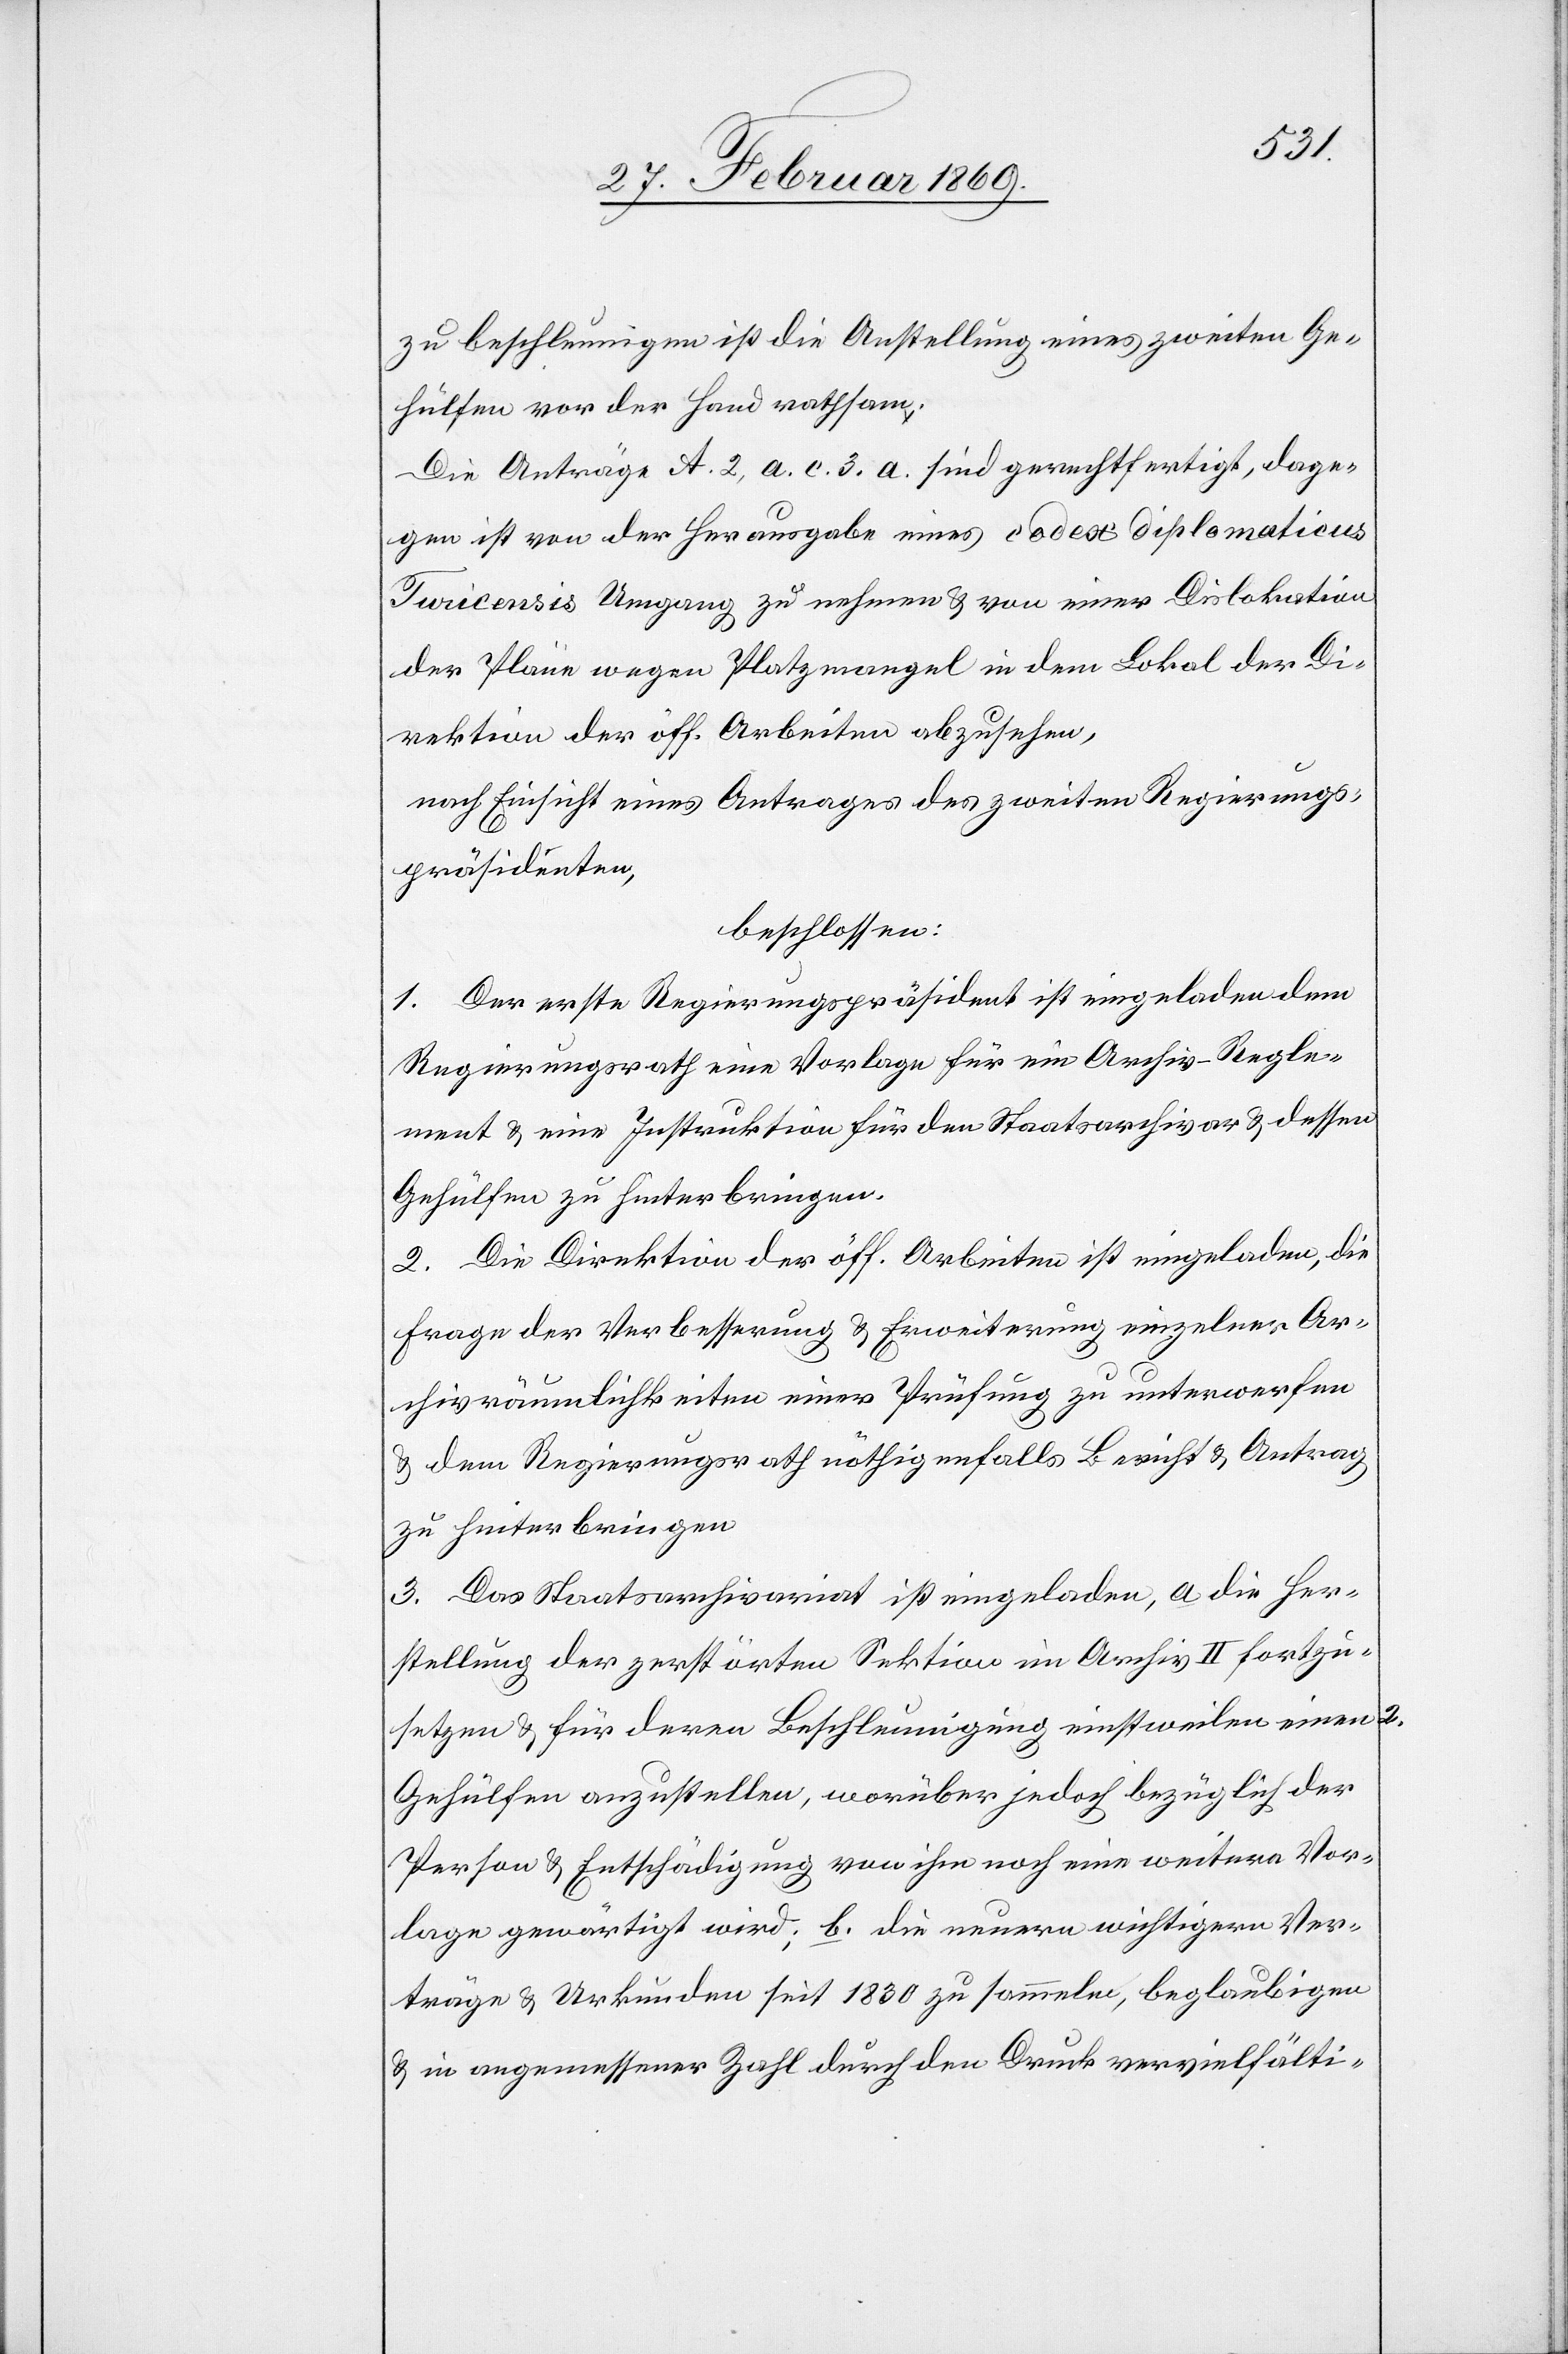
zu beschleunigen ist die Anstellung eines zweiten Ge¬
hülfen vor der Hand rathsam;
Die Anträge A. 2, a. c. 3. A. sind gerechtfertigt, dage¬
gen ist von der Herausgabe eines codex diplomaticus
Turicensis Umgang zu nehmen & von einer Dislokation
der Pläne wegen Platzmangel in dem Lokal der Di¬
rektion der öff. Arbeiten abzusehen,
nach Einsicht eines Antrages des zweiten Regierungs¬
präsidenten,
beschlossen:
1. Der erste Regierungspräsident ist eingeladen dem
Regierungsrathe eine Vorlage für ein Archiv-Regle¬
ment & eine Instruktion für den Staatsarchivar & dessen
Gehülfen zu hinterbringen.
2. Die Direktion der öff. Arbeiten ist eingeladen, die
Frage der Verbesserung & Erweiterung einzelner Ar¬
chivräumlichkeiten einer Prüfung zu unterwerfen
& dem Regierungsrath nöthigenfalls Bericht & Antrag
zu hinterbringen.
3. Das Staatsarchivariat ist eingeladen, a. die Her¬
stellung der gestörten Sektion im Archiv II fortzu¬
setzen & für deren Beschleunigung einstweilen einen 2.
Gehülfen anzustellen, worüber jedoch bezüglich der
Person & Entschädigung von ihm noch eine weitere Vor¬
lage gewärtigt wird; b. die neuern wichtigern Ver¬
träge & Urkunden seit 1830 zu sammeln, beglaubigen
& in angemessener Zahl durch den Druck vervielfälti-